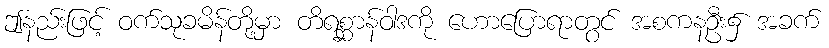
ဤနည်းဖြင့် ဝက်သုခမိန်တို့မှာ တိရစ္ဆာန်ဝါဒကို ဟောပြောရာတွင် အစကနဦး၌ အခက်